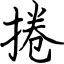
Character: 捲